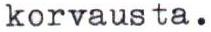
korvausta.